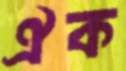
ঐক